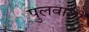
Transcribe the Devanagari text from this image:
पुलवाली